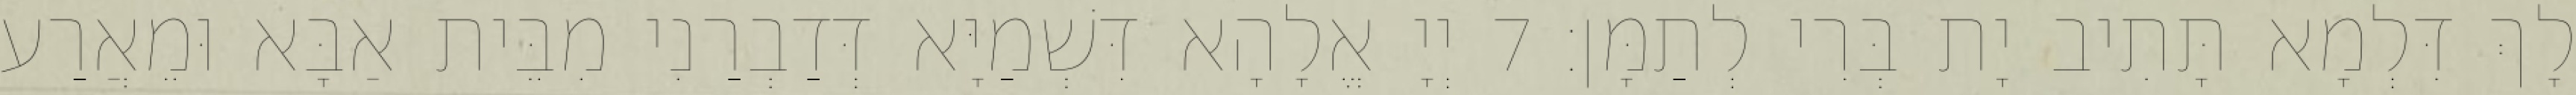
לָךְ דִּלְמָא תָּתִיב יָת בְּרִי לְתַמָּן׃ 7 יְיָ אֱלָהָא דִּשְׁמַיָּא דְּדַבְרַנִי מִבֵּית אַבָּא וּמֵאֲרַע